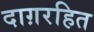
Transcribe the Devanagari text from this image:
दाग़रहित